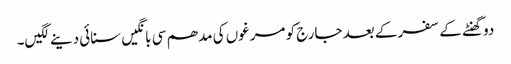
دو گھنٹے کے سفر کے بعد جارج کو مرغوں کی مدھم سی بانگیں سنائی دینے لگیں۔